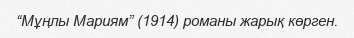
“Мұңлы Мариям” (1914) романы жарық көрген.